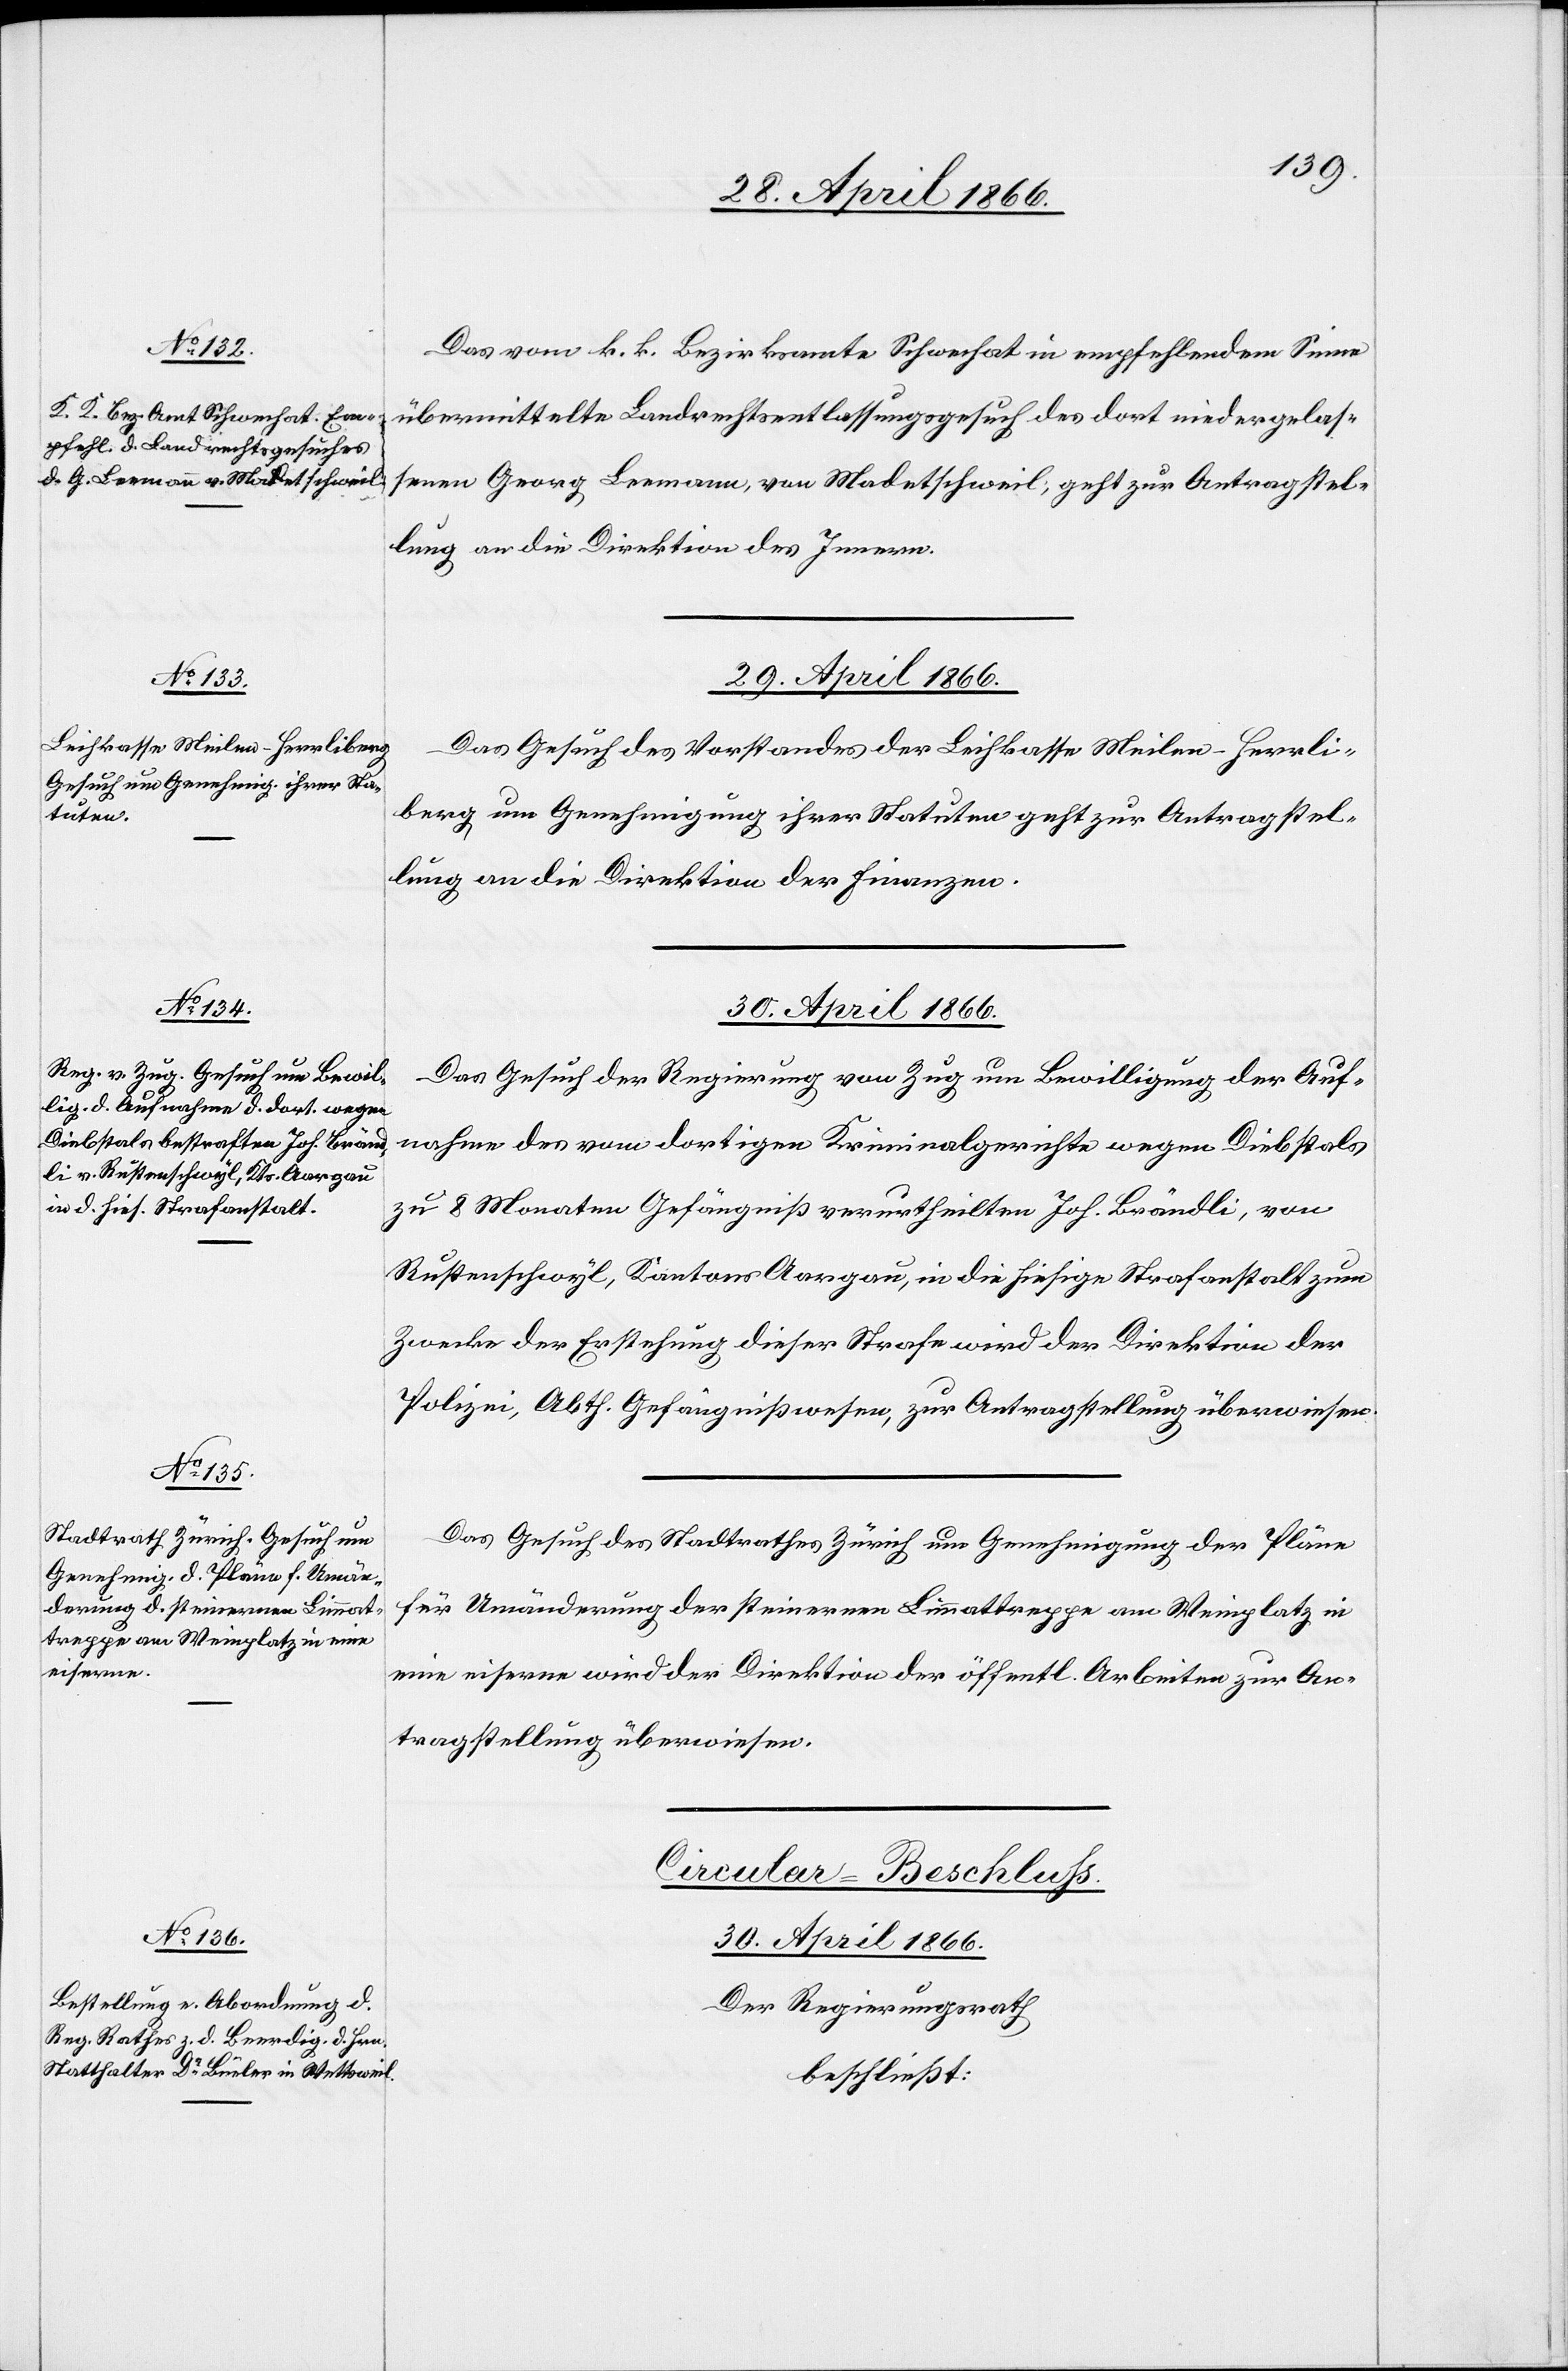
Das vom k. k. Bezirksamt Schwechat in empfehlendem Sinne
übermittelte Landrechtsentlassungsgesuch des dort niedergelas¬
senen Georg Leemann, von Modetschweil, geht zur Antragstel¬
lung an die Direktion des Innern.
29. April 1866.
Das Gesuch des Vorstandes der Leihkasse Meilen-Herrli¬
berg um Genehmigung ihrer Statuten geht zur Antragstel¬
lung an die Direktion der Finanzen.
30. April 1866.
Das Gesuch der Regierung von Zug um Bewilligung der Auf¬
nahme des vom dortigen Kriminalgerichte wegen Diebstals
zu 8 Monaten Gefängniß verurtheilten Joh. Brändli, von
Rustenschwyl, Kantons Aargau, in die hiesige Strafanstalt zum
Zwecke der Erstehung dieser Strafe wird der Direktion der
Polizei, Abth. Gefängniswesen, zur Antragstellung überwiesen.
Das Gesuch des Stadtrathes Zürich um Genehmigung der Pläne
für Umänderung der steinernen Limmattreppe am Weinplatz in
eine eiserne wird der Direktion der öffentl. Arbeiten zur An¬
tragstellung überwiesen.
Cirkular-Beschluß.
30. April 1866.
Der Regierungsrath
beschließt: